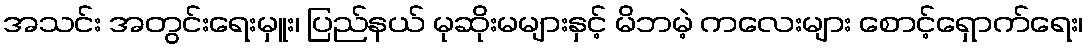
အသင်း အတွင်းရေးမှူး၊ ပြည်နယ် မုဆိုးမများနှင့် မိဘမဲ့ ကလေးများ စောင့်ရှောက်ရေး၊